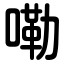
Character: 嘞